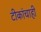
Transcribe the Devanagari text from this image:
टीकांचाही